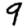
Digit: 9